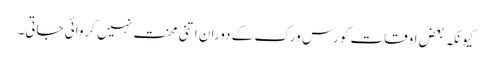
کیونکہ بعض اوقات کورس ورک کے دوران اتنی محنت نہیں کروائی جاتی۔